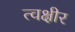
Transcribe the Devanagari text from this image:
त्वक्षीर